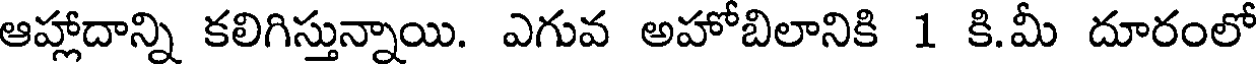
ఆహ్లాదాన్ని కలిగిస్తున్నాయి. ఎగువ అహోబిలానికి 1 కి.మీ దూరంలో